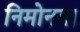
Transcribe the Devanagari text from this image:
निमोनया